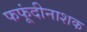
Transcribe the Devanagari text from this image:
फफूंदीनाशक